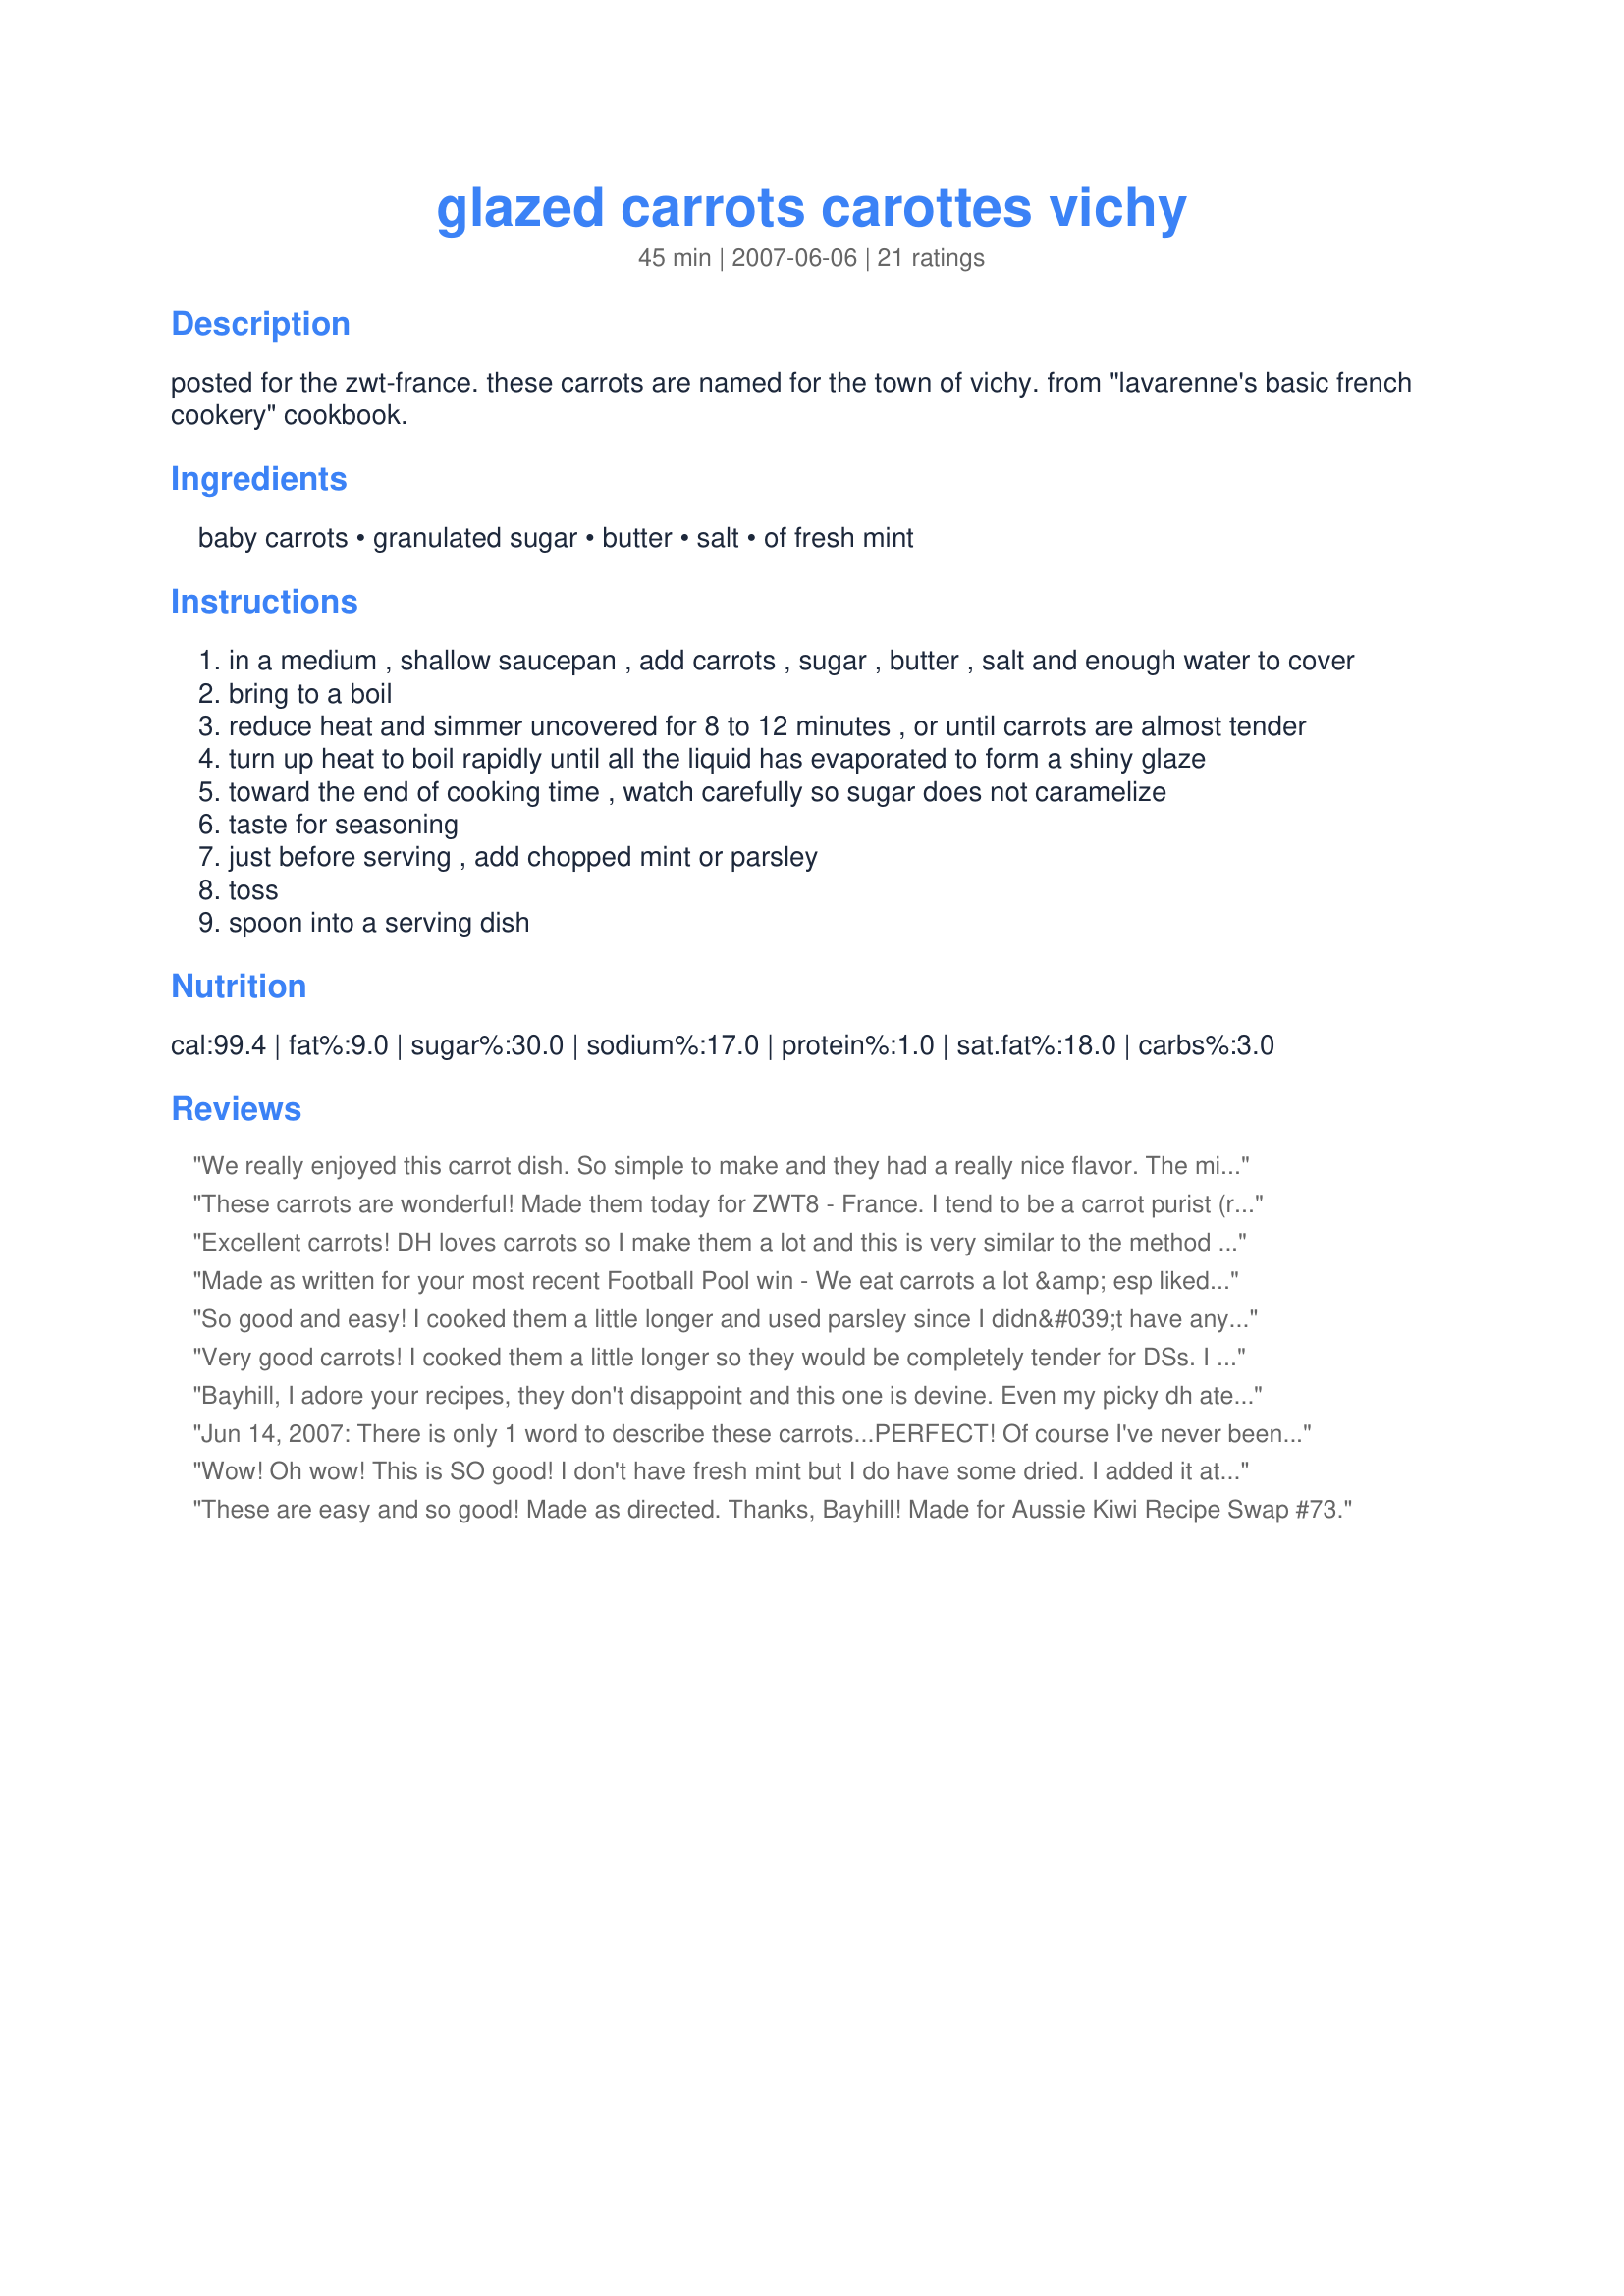
glazed carrots carottes vichy
Preparation time: 45 minutes

posted for the zwt-france. these carrots are named for the town of vichy. from "lavarenne's basic french cookery" cookbook.

Ingredients:
baby carrots, granulated sugar, butter, salt, of fresh mint

Steps:
in a medium , shallow saucepan , add carrots , sugar , butter , salt and enough water to cover
bring to a boil
reduce heat and simmer uncovered for 8 to 12 minutes , or until carrots are almost tender
turn up heat to boil rapidly until all the liquid has evaporated to form a shiny glaze
toward the end of cooking time , watch carefully so sugar does not caramelize
taste for seasoning
just before serving , add chopped mint or parsley
toss
spoon into a serving dish

Reviews:
We really enjoyed this carrot dish. So simple to make and they had a really nice flavor. The mint was an interesting addition. My DH is not a carrot fan, but he did say they were very good which is something just short of a miracle. Made this dish for ZWT-8-France.
These carrots are wonderful! Made them today for ZWT8 - France. I tend to be a carrot purist (roasted with no seasonings) but this recipe was over the top! It was easy to make and DH absolutely loved them. I think we will be making these a lot. Oh, and used parsley instead of mint, because that's what we had in the fridge. Thanks, Bayhill!
Excellent carrots! DH loves carrots so I make them a lot and this is very similar to the method I often use. I did reduce the water and the cooking time as we like some 'tooth' to our vegetables - mine were cooked and glazed within 8 minutes and I used the parsley because the dogs have been getting too cosy with my mint patch. ;) These will be on our table frequently. Thanks for sharing. Made for the Bistro Babes ZWT
Made as written for your most recent Football Pool win - We eat carrots a lot &amp; esp liked your version. They were a tasty, easy-fix &amp; an unexpected way to use my balcony-grown &amp; thriving fresh mint. Served w/fish fillets &amp; baby potatoes, these carrots were a big success. Thx for sharing this recipe w/us &amp; CONGRATS for continuing your winning ways in the Football Pool.
So good and easy! I cooked them a little longer and used parsley since I didn&#039;t have any fresh mint. Thanks for sharing, Bayhill. Congrats on your football win!
Very good carrots! I cooked them a little longer so they would be completely tender for DSs. I topped them with some dried parsley. They had a nice glaze and the perfect amount of sweetness. Made for Football Pool Win 2012-13.
Bayhill, I adore your recipes, they don't disappoint and this one is devine. Even my picky dh ate his and asked for more. Of course, he didn't have any herbs on his, but he raved about them none the less. I really enjoyed the fresh raw flavor that my fresh mint brought to the dish. Thanks for sharing another recipe that I will make again. I used regular carrotes, they worked beautifully in this dish, they were firm, yet tender and oh so flavorful. Made for Fall Pac 2011.
Jun 14, 2007: There is only 1 word to describe these carrots...PERFECT! Of course I've never been known to use just one word...These carrots were tender and full of flavor. Since my family likes candied carrots with tons of brown sugar and gobs of butter, I didn't know how this would go over with them. This perfectly brought out the natural sweetness of the carrots. I used 2 cups of water to cover the carrots, and my only substitution was using the parsley instead of mint, since parsley is what I had on hand. This will become a family favorite! For ZWT3. Thanks Bayhill! UPDATE:
I make these carrots A LOT! I have made them with splenda instead of sugar, light butter, and even fat free promise spread, basil as the herb, dill as the herb, and any way you make it, they still come out DELICIOUS! This is by far my families favorite carrot recipe!!!!!
Wow! Oh wow! This is SO good! I don't have fresh mint but I do have some dried. I added it at the beginning so that I could get as much flavour out of it as I could. It turned the liquid a bit of a funky green though! lol I can't wait until I can find some fresh mint to make this again! Thanks so much for posting! Made for ZWT-3.
These are easy and so good! Made as directed. Thanks, Bayhill! Made for Aussie Kiwi Recipe Swap #73.
These are so good. Sweet without being candied. I subbed in regular carrots and sliced them thin (it's what I had) and used fresh mint. I have to say a BIG thank you for putting an accurate cooking time. I was doubtful looking at the recipe, because I am used to cooking carrots much quicker than that, but I am glad I trusted the recipe!
Very easy carrots and come out perfectly. Rather than baby carrots I used 2 large carrots that I ahd in the fridge, slicing them into rounds, wonderful texture and flavour and breeze to make, we really enjoyed them. I also used parsley, they'r every good with or without the herbs! Thanks Bayhill, these were made for ZWT 8 French region.
These were different and delicious! I made with carrots and mint from our garden. I made it as part of my "French feast" with recipe #235408, recipe #362455, and recipe #282349. Made for ZWT 8!<br/>.
Absolutely delicious. I scaled it back a little for 3 serves and initially put my nine carrots into a medium sized pan but once covered with water and bought to the boil and cooked till I tender I realized I had far to much liquid and it would take a long time to get the to the glazed stage and would end up overcooked so transfered the carrots to a small pan and poured some of liquid to come up about 3/4 of the way up the carrots and 10 minutes later I had a lovely glaze and delicious carrots as a side dish though It wasn't till we had finished eating that I realized I forgot to put the parsley on. Thank you Bayhill, made for ZAAR Stars tag game.
This is the first time I have added sugar to carrots. I enjoyed this easy tasty recipe which I had adapted to the crockpot. It took 4 hours to fix in the crockpot. I picked this recipe for ZWT 8 ~ A French Love Affair Challenge
I love glazed carrots. I followed recipe except I substituted brown sugar for the granulated sugar. Made for Football win.
Excellent carrots....always add sugar to my carrots, but I've never cooked it down to a glaze. This was perfect with my roast chicken today. Thanks for sharing! Made for HCH ZWT8.
Great carrots. There is a nice glaze, without being too sweet. These were a breeze to make, too. Thank you for posting!
These were very good and easy. Next time I might increase the sugar and decrease the amount of water. Thanks Bayhill!!
We loved the flavor of these carrots! My husband has never really liked carrots, but even he talked about how delicious they were. Made for ZWT 8, Bistro Babes.
These were very good and I loved the hint of mint with them.
They didn't take me quite as long to make as the recipe said, so I was pleased about that.

If you are looking for something different as a side, try this, I think you will like it.
